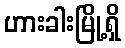
ဟားခါးမြို့ရှိ